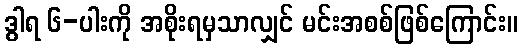
ဒွါရ ၆-ပါးကို အစိုးရမှသာလျှင် မင်းအစစ်ဖြစ်ကြောင်း။